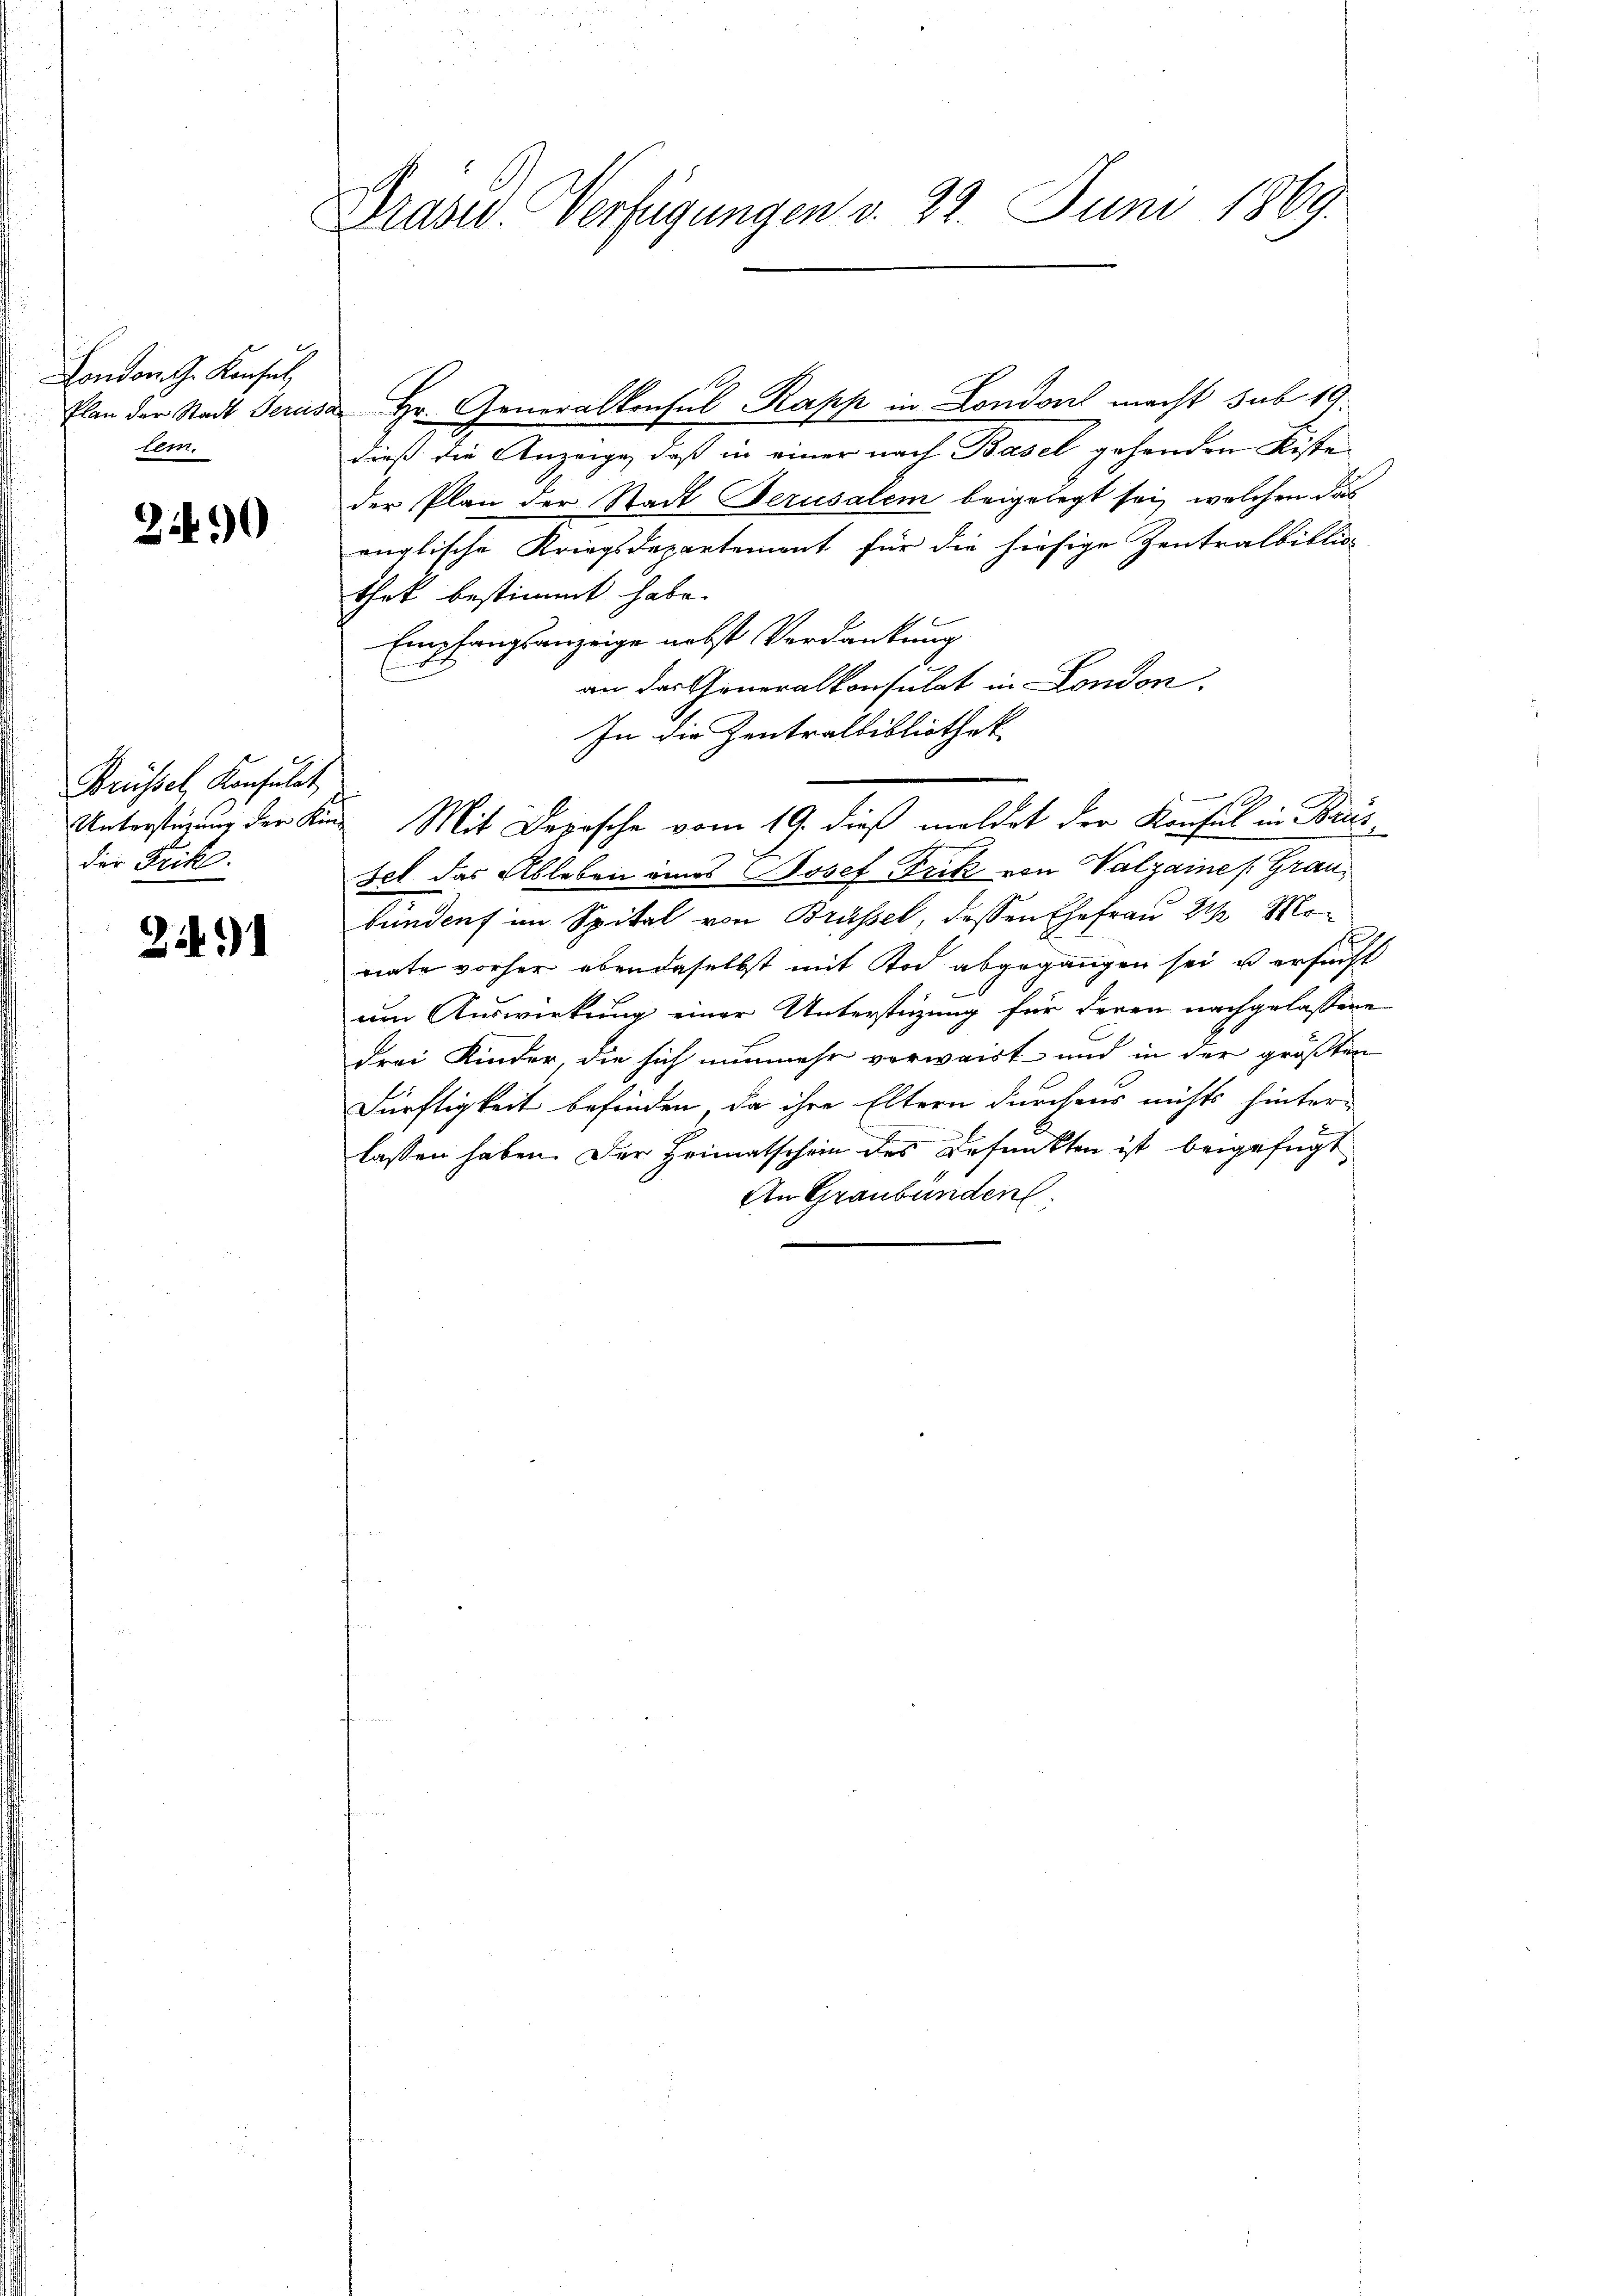
London G. Konsul,
Plan der Stadt Jerus-
tem.

22)

Brüssel, Konsulat
Unterstüzung der Kinder Frik:

2)

Präses Verfügungen v. 22. Juni 1869.

Hr. Generalkonsul-Rapp in London macht sub 19.
dieß die Anzeige, daß in einer nach Basel gehenden Kiste
der Plan der Stadt Berusalem beigelegt sei, welchen das
rüglische Kriegsdepartement für die hiesige Zentralbiblio
thek bestimmt habe.
Empfangsanzeige nebst Verdankung
an das Generalkonsulat in London.
In die Zentralbibliothek
Fel das Ableben eines Josef Frik von Valzaine Grau
bunden im Spital von Brüssel, dessen Ehefrau 2 Mon
nate vorher ebendaselbst mit Tod abgegangen sei u ersucht

um Auswirkung einer Unterstüzung für deren nachgelassene
drei Kinder, die sich nunmehr verwaist und in der größten
Dürftigkeit befinden, da ihre Eltern durchaus nichts hinterlassen haben. Der Heimatschein des Befunkten ist beigefügt
An Graubünden

Mit Deposche vom 19. dieß meldet der Konsul in Baus¬